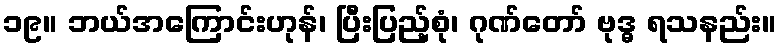
၁၉။ ဘယ်အကြောင်းဟုန်၊ ပြီးပြည့်စုံ၊ ဂုဏ်တော် ဗုဒ္ဓ ရသနည်း။